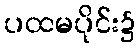
ပထမပိုင်း၌